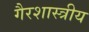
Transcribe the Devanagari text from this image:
गैरशास्त्रीय